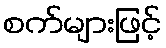
စက်များဖြင့်